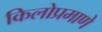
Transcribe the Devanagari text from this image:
किलोप्रमाणे